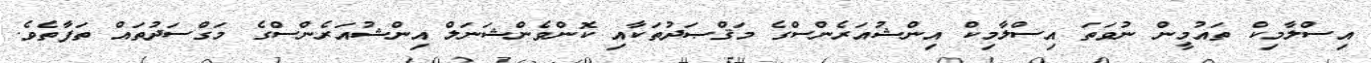
އިސްލާމިކް ތައުމީން ނުވަތަ އިސްލާމިކް އިންޝުއަރެންސްގެ މަޤްޞަދުތަކާއި ކޮންވެންޝަނަލް އިންޝުއަރެންސްގެ މަގްސަދުތައް ތަފާތެވެ.